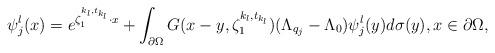
LaTeX: \begin{align*}\psi_j^l(x) = e^{\zeta_1^{k_l,t_{k_l}}\cdot x} + \int_{\partial \Omega} G(x-y,\zeta_1^{k_l,t_{k_l}})(\Lambda_{q_j} - \Lambda_0)\psi_j^l(y) d\sigma (y),x \in \partial \Omega,\end{align*}